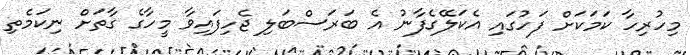
މިހުރިހާ ކަމަކަށް ފަހުގައި އެކަލޭގެފާނު އެ ބަރަސްބަލި ޖެހިފައިވާ މީހާގެ ގާތަށް ނިކަމެތި